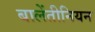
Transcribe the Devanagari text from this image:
बालेंतीनियन